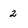
Character: 2